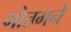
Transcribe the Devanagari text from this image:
गौतमने